Statistical return of the lunatic asylum in Assam - 1912-1932
Year: 1912
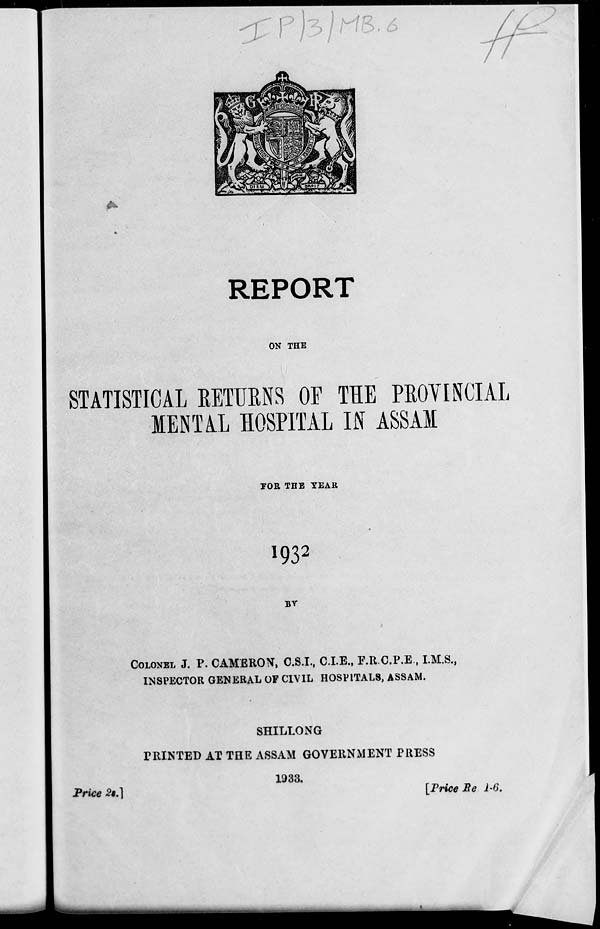
REPORT
ON THE
STATISTICAL BETURNS OF THE PROVINCIAL
IENTAL HOSPITAL LN T ASSAM
FOR THE TEAK
I 93 2
BY
COLONEL J. P. CAMERON, C.S.I., C.I.E., F.R C.P.E., I.M.S.,
INSPECTOR GENERAL OF CIVIL HOSPITALS, ASSAM.
SHILLONG
PRINTED AT THE ASSAM GOVERNMENT PRESS
Price 2$.]
1933.
[Price Be 1-6.